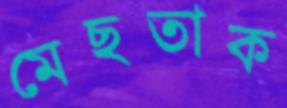
মেছতাক